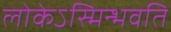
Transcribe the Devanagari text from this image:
लोकेऽस्मिन्भवति